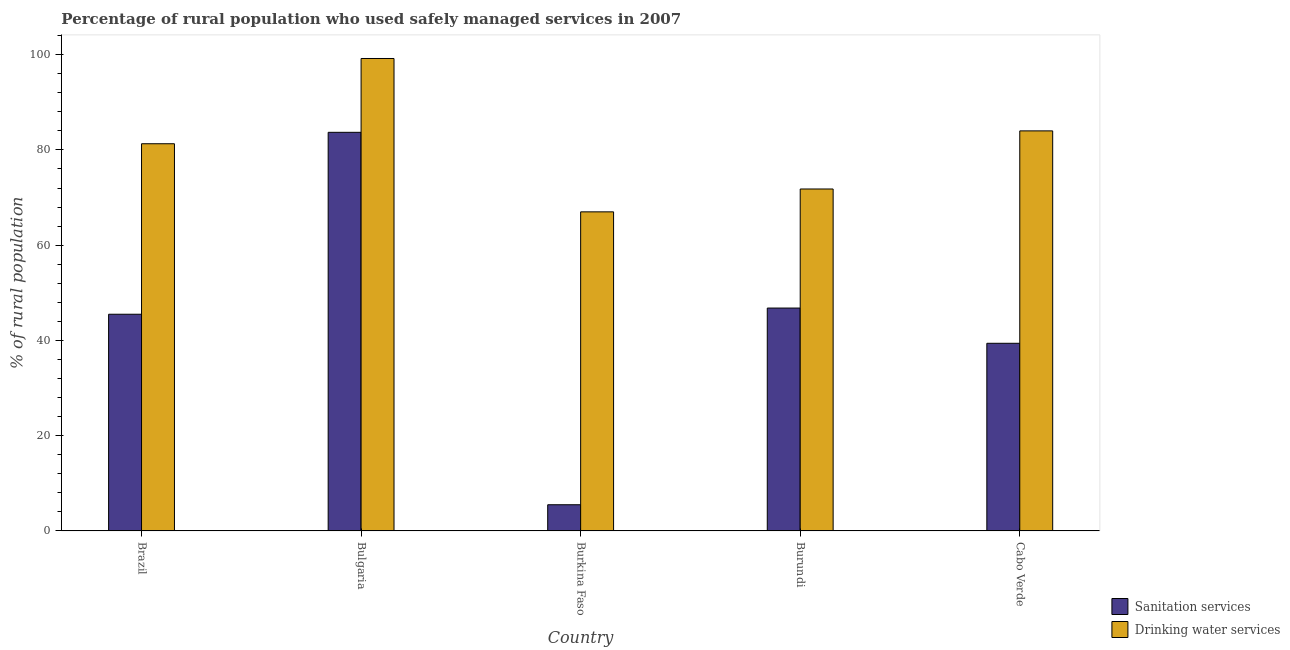
| Country | Sanitation services | Drinking water services |
 | --- | --- | --- |
 | Brazil | 45.5 | 81.3 |
 | Bulgaria | 83.7 | 99.2 |
 | Burkina Faso | 5.5 | 67 |
 | Burundi | 46.8 | 71.8 |
 | Cabo Verde | 39.4 | 84 |